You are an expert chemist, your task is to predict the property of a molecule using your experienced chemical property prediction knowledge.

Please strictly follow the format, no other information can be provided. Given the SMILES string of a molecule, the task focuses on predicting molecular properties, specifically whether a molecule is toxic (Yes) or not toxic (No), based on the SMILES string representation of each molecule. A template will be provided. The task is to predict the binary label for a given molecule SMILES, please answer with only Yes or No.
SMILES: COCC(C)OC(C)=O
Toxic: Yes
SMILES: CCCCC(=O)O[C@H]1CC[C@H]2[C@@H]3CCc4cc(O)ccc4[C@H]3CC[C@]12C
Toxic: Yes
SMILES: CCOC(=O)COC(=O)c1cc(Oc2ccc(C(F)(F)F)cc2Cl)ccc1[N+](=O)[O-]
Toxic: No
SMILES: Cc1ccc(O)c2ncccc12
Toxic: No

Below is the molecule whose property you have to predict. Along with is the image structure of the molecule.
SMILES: CNC(C)Cc1ccccc1OC
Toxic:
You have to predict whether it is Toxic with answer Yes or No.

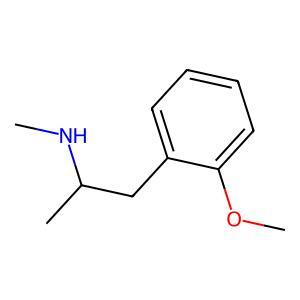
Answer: No